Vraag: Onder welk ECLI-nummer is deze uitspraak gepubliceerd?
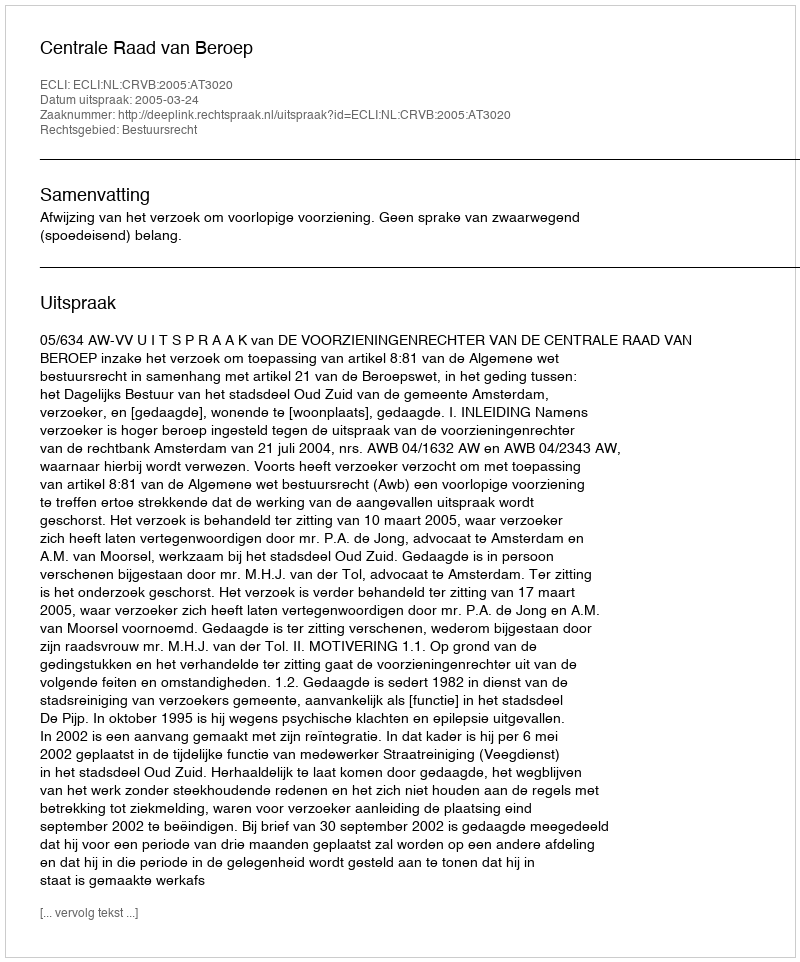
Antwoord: ECLI:NL:CRVB:2005:AT3020